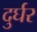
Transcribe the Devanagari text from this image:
दुर्घर